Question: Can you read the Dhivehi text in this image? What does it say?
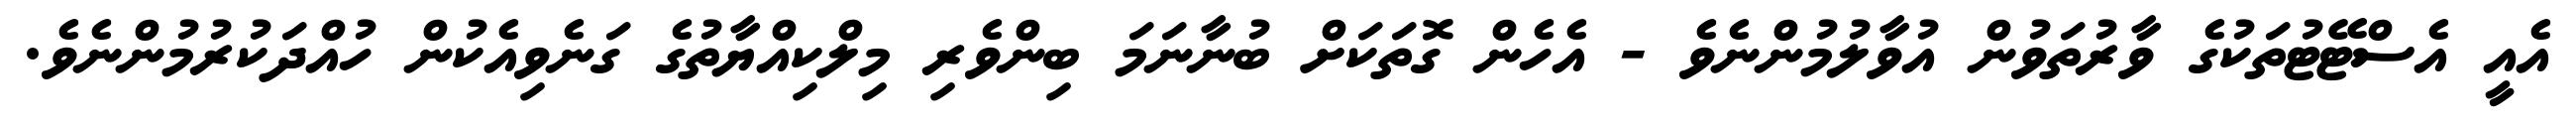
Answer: އެއީ އެސްޓޭޓުތަކުގެ ވާރުތަވުން އުވާލުމުންނެވެ - އެހެން ގޮތަކަށް ބުނާނަމަ ބިންވެރި މިލްކިއްޔާތުގެ ގަނެވިއެކުން ހުއްދަކުރުމުންނެވެ.